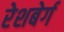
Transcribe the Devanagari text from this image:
रेशबेर्ग